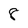
Character: 8